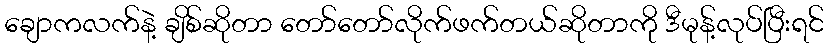
ချောကလက်နဲ့ ချိစ်ဆိုတာ တော်တော်လိုက်ဖက်တယ်ဆိုတာကို ဒီမုန့်လုပ်ပြီးရင်